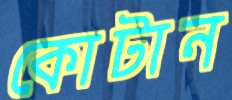
কোটান